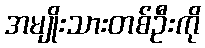
အမျိုးသားတစ်ဦးကို